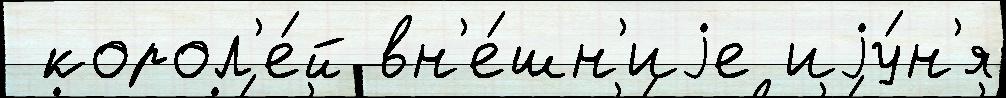
 корол'е́й вн'е́шн'иjе иjу́н'я